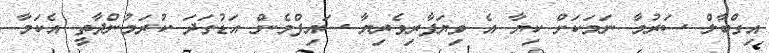
އިގްބާލް ސަރުމާ ނަމަކަށް ކިޔާ އެ ވިޔަފާރިވެރިޔާ ސައިފްމެން އަޑުގަދަ ކުރަމުންދާތީ އެކަމާ